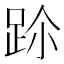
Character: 𨀀